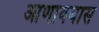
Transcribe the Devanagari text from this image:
आणावयास